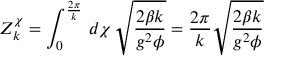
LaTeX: { \cal Z } _ { k } ^ { \chi } = \int _ { 0 } ^ { \frac { 2 \pi } { k } } \, d \chi \, \sqrt { \frac { 2 \beta k } { g ^ { 2 } \phi } } = \frac { 2 \pi } { k } \sqrt { \frac { 2 \beta k } { g ^ { 2 } \phi } }